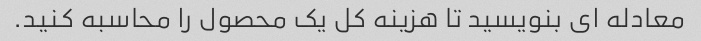
معادله ای بنویسید تا هزینه کل یک محصول را محاسبه کنید.